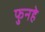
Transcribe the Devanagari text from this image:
फुनहे